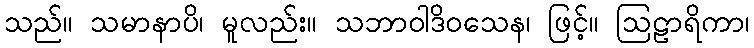
သည်။ သမာနာပိ၊ မူလည်း။ သဘာဝါဒိဝသေန၊ ဖြင့်။ ဩဠာရိကာ၊